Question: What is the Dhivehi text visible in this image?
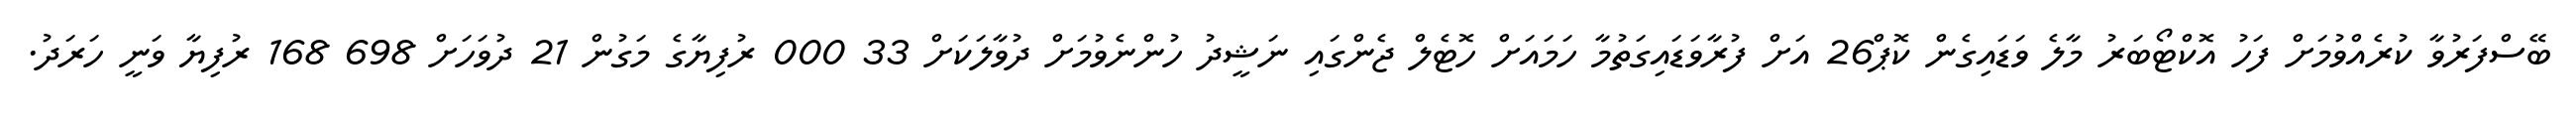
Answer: ބޭސްފަރުވާ ކުރެއްވުމަށް ފަހު އޮކްޓޯބަރު މާލެ ވަޑައިގެން ކޮޕް26 އަށް ފުރާވަޑައިގަތުމާ ހަމައަށް ހޮޓެލް ޖެންގައި ނަޝީދު ހުންނެވުމަށް ދުވާލަކަށް 33 000 ރުފިޔާގެ މަގުން 21 ދުވަހަށް 698 168 ރުފިޔާ ވަނީ ހަރަދު.